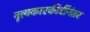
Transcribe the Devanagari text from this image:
नृत्यकारकीर्दीनंतर